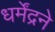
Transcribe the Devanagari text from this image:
धर्मेंद्रने